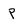
Character: P